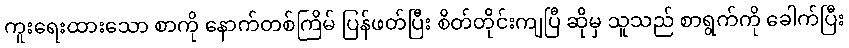
ကူးရေးထားသော စာကို နောက်တစ်ကြိမ် ပြန်ဖတ်ပြီး စိတ်တိုင်းကျပြီ ဆိုမှ သူသည် စာရွက်ကို ခေါက်ပြီး